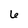
Character: 6